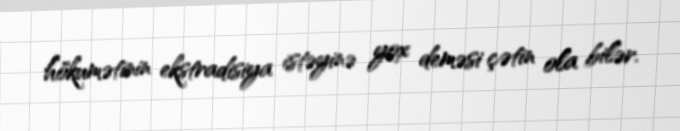
hökumətinin ekstradisiya istəyinə yox deməsi çətin ola bilər.